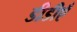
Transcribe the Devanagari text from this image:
डीडीएँ